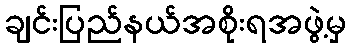
ချင်းပြည်နယ်အစိုးရအဖွဲ့မှ